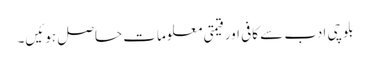
بلوچی ادب سے کافی اور قیمتی معلومات حاصل ہوئیں۔